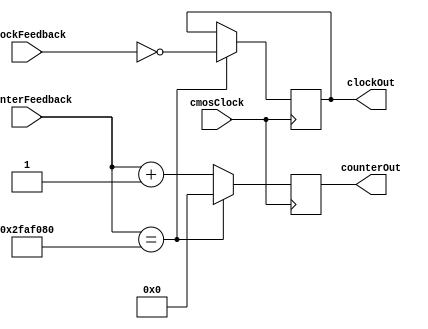
`timescale 1ns / 1ps
////////////////////////////////////////////////////////////////////////////////
// Module Name: Second Counter
//
// Description: Acts as a counter, inverting the output signal every 500 ms.
////////////////////////////////////////////////////////////////////////////////


module SecondCounter (
    // Inputs
    input cmosClock,
    input [25:0] counterFeedback,
    input clockFeedback,
    // Outputs
    output reg [25:0] counterOut,
    output reg clockOut
    );

    // Initialize counter state
    initial begin
        clockOut = 0;
        counterOut = 0;
    end

    // Count up clock and feedback values
    always @(posedge cmosClock) begin
        if (counterFeedback == 50000000) begin // Stop at 500ms
            clockOut <= ~clockFeedback;
            counterOut <= 0;
        end else begin
            counterOut <= counterFeedback + 1;
        end
    end

endmodule